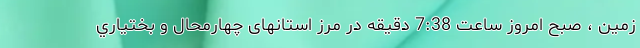
زمین ، صبح امروز ساعت 7:38 دقیقه در مرز استانهای چهارمحال و بختياري